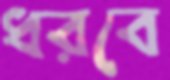
ধরবে